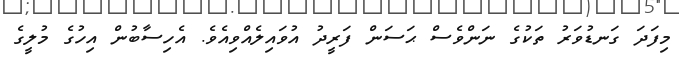
މިފަދަ ގަނޑުވަރު ތަކުގެ ނަންވެސް ޙަސަން ފަރީދު އުވައިލެއްވިއެވެ. އެހިސާބުން އިހުގެ މުލީގެ